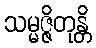
သမ္မဇ္ဇိတုန္တိ